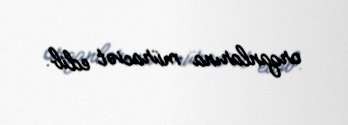
orqanlarına müraciət edib.